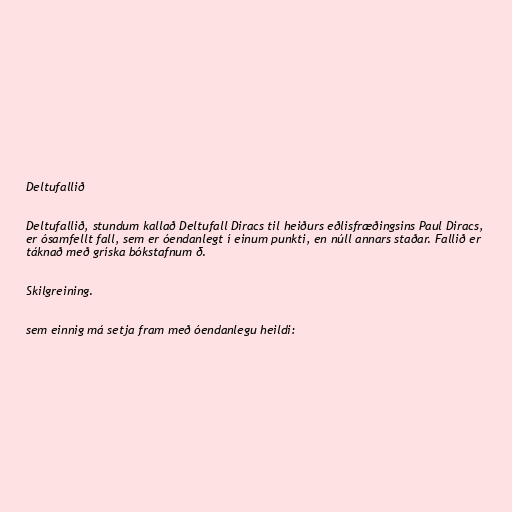
Deltufallið

Deltufallið, stundum kallað Deltufall Diracs til heiðurs eðlisfræðingsins Paul Diracs,
er ósamfellt fall, sem er óendanlegt í einum punkti, en núll annars staðar. Fallið er
táknað með gríska bókstafnum δ.

Skilgreining.

sem einnig má setja fram með óendanlegu heildi: